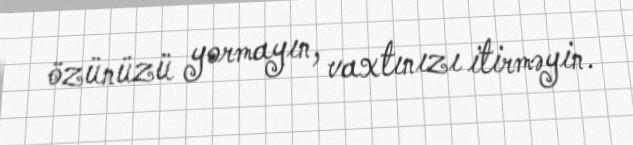
özünüzü yormayın, vaxtınızı itirməyin.